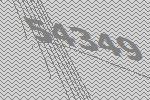
54349